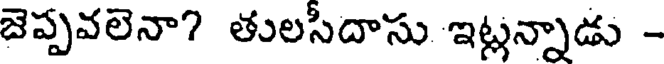
జెప్పవలెనా? తులసీదాసు ఇట్లన్నాడు -